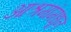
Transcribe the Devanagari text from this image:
आश्रमांमधून